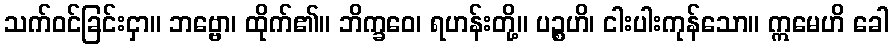
သက်ဝင်ခြင်းငှာ။ ဘဗ္ဗော၊ ထိုက်၏။ ဘိက္ခဝေ၊ ရဟန်းတို့။ ပဉ္စဟိ၊ ငါးပါးကုန်သော။ ဣမေဟိ ခေါ